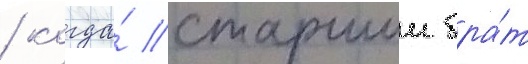
/ когда́ старшии бра́т